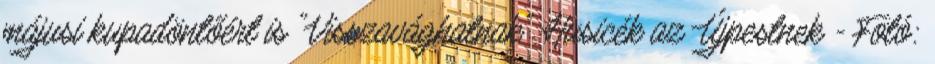
májusi kupadöntőért is "Visszavághatnak" Husicék az Újpestnek - Fotó: